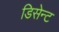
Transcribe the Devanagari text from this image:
डिसेन्ट